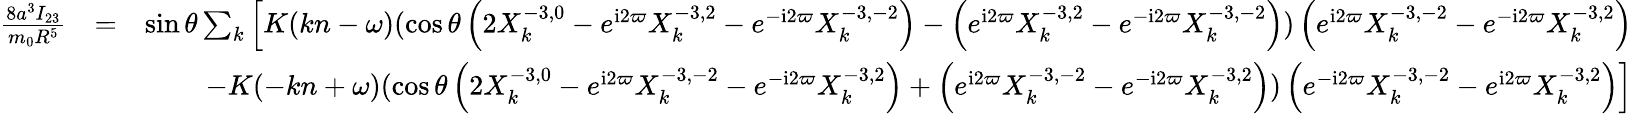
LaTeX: \begin{array}{rlr}{\frac{8a^{3}I_{23}}{m_{0}R^{5}}}&{=}&{\sin\theta\sum_{k}\Big[K(kn-\omega)(\cos\theta\left(2X_{k}^{-3,0}-e^{\mathrm{i}2\varpi}X_{k}^{-3,2}-e^{-\mathrm{i}2\varpi}X_{k}^{-3,-2}\right)-\left(e^{\mathrm{i}2\varpi}X_{k}^{-3,2}-e^{-\mathrm{i}2\varpi}X_{k}^{-3,-2}\right))\left(e^{\mathrm{i}2\varpi}X_{k}^{-3,-2}-e^{-\mathrm{i}2\varpi}X_{k}^{-3,2}\right)}\\ &{}&{-K(-kn+\omega)(\cos\theta\left(2X_{k}^{-3,0}-e^{\mathrm{i}2\varpi}X_{k}^{-3,-2}-e^{-\mathrm{i}2\varpi}X_{k}^{-3,2}\right)+\left(e^{\mathrm{i}2\varpi}X_{k}^{-3,-2}-e^{-\mathrm{i}2\varpi}X_{k}^{-3,2}\right))\left(e^{-\mathrm{i}2\varpi}X_{k}^{-3,-2}-e^{\mathrm{i}2\varpi}X_{k}^{-3,2}\right)\Big]}\end{array}